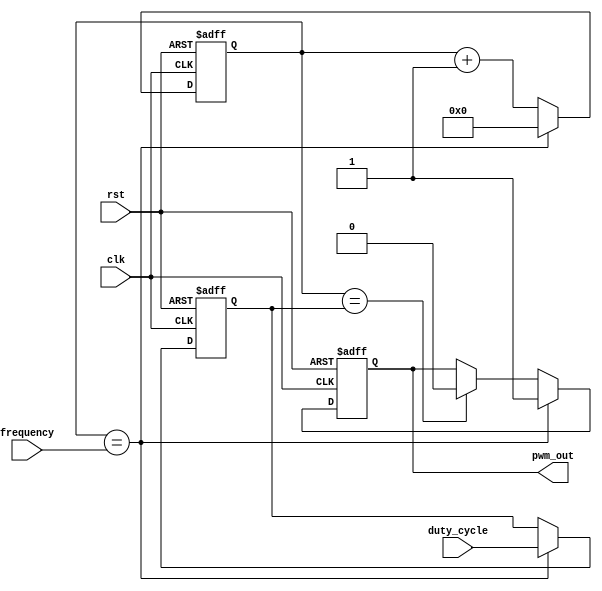
module PWM_Pulse_Generator (
    input clk,
    input rst,
    input [7:0] duty_cycle,
    input [15:0] frequency,
    output reg pwm_out
);

reg [15:0] count;
reg [7:0] threshold;

always @(posedge clk or posedge rst) begin
    if (rst) begin
        count <= 0;
        threshold <= 0;
        pwm_out <= 0;
    end else begin
        if (count == frequency) begin
            count <= 0;
            threshold <= duty_cycle;
            pwm_out <= 1;
        end else begin
            count <= count + 1;
            if (count == threshold) begin
                pwm_out <= 0;
            end
        end
    end
end

endmodule